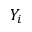
Y _ { i }